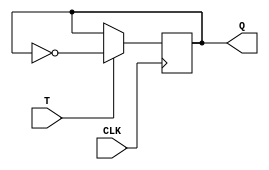
module TFF (
    input wire T,
    input wire CLK,
    output reg Q
);

always @(posedge CLK) begin
    if (T == 1'b1) begin
        Q <= ~Q;
    end
end

endmodule